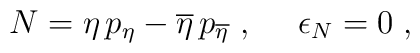
N = \eta \, p_{\eta} - \overline{\eta} \, p_{\overline{\eta}}\ ,\ \ \ \ \epsilon_N = 0 \; ,